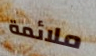
ملائمة